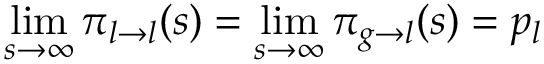
\operatorname* { l i m } _ { s \to \infty } \pi _ { l \to l } ( s ) = \operatorname* { l i m } _ { s \to \infty } \pi _ { g \to l } ( s ) = p _ { l }